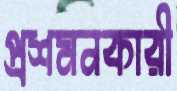
প্রশমনকারী